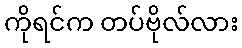
ကိုရင်က တပ်ဗိုလ်လား